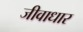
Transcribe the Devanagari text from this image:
जीवाधार